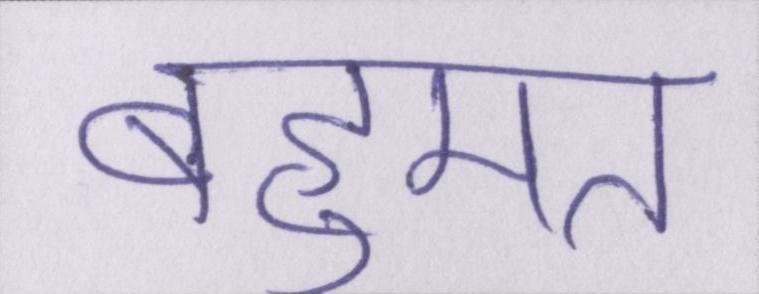
बहूमत